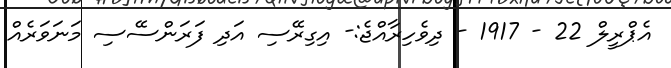
އެޕްރީލް 22 - 1917 - ދިވެހިރާއްޖެ:- އިގިރޭސި އަދި ފަރަންސޭސި މަނަވަރެއް